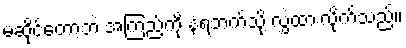
မဆိုင်တော့ဘဲ အကြည့်ကို နံရံဘက်သို့ လွှဲထားလိုက်သည်။